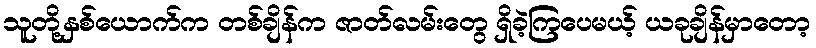
သူတို့နှစ်ယောက်က တစ်ချိန်က ဇာတ်လမ်းတွေ ရှိခဲ့ကြပေမယ့် ယခုချိန်မှာတော့